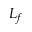
L _ { f }